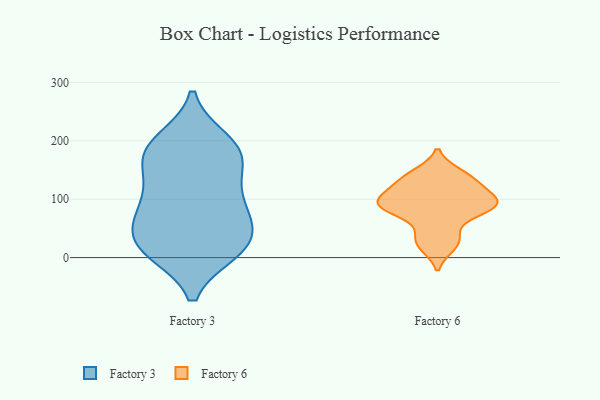
{"axis": {"x": "Waste Production (Tons)", "y": "Value"}, "legend": ["Factory 3", "Factory 6"], "data": [{"x": "", "y": 14, "type": "Factory 3"}, {"x": "", "y": 15, "type": "Factory 3"}, {"x": "", "y": 11, "type": "Factory 3"}, {"x": "", "y": 145, "type": "Factory 3"}, {"x": "", "y": 176, "type": "Factory 3"}, {"x": "", "y": 177, "type": "Factory 3"}, {"x": "", "y": 73, "type": "Factory 3"}, {"x": "", "y": 88, "type": "Factory 3"}, {"x": "", "y": 25, "type": "Factory 3"}, {"x": "", "y": 59, "type": "Factory 3"}, {"x": "", "y": 100, "type": "Factory 3"}, {"x": "", "y": 59, "type": "Factory 3"}, {"x": "", "y": 200, "type": "Factory 3"}, {"x": "", "y": 189, "type": "Factory 3"}, {"x": "", "y": 127, "type": "Factory 3"}, {"x": "", "y": 186, "type": "Factory 3"}, {"x": "", "y": 18, "type": "Factory 3"}, {"x": "", "y": 133, "type": "Factory 6"}, {"x": "", "y": 144, "type": "Factory 6"}, {"x": "", "y": 99, "type": "Factory 6"}, {"x": "", "y": 85, "type": "Factory 6"}, {"x": "", "y": 90, "type": "Factory 6"}, {"x": "", "y": 97, "type": "Factory 6"}, {"x": "", "y": 20, "type": "Factory 6"}, {"x": "", "y": 79, "type": "Factory 6"}, {"x": "", "y": 121, "type": "Factory 6"}, {"x": "", "y": 37, "type": "Factory 6"}]}